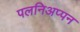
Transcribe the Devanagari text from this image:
पलनिअप्पन